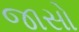
જાસો